Annual report on the Civil Veterinary Department, Burma (including the Insein Veterinary School) - 1923-1931
Year: 1923
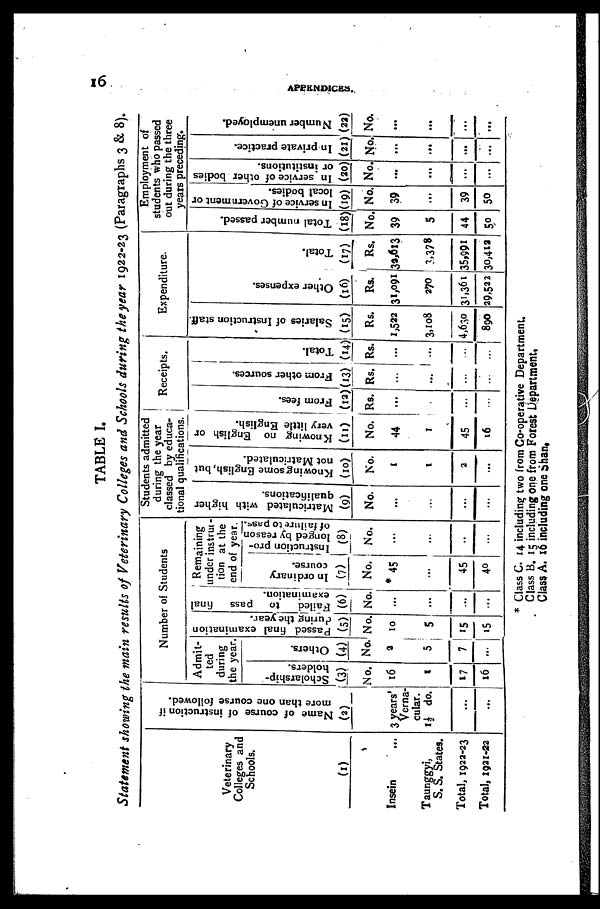
16
APPENDICES.
TABLE I.
Statement showing the main results of Veterinary Colleges and Schools during the year 1922-23 (Paragraphs 3 & 8).
Veterinary
Colleges and
Schools.
(1)
Insein
...
Taunggyi,
S. S. States.
Total, 1922-23
Total, 1921-22
Name of course of instruction if
more than one course followed.
(2)
3 years'
Verna-
cular.
1½ do.
...
...
Number of Students
Admit-
ted
during
the year.
Scholarship-
holders.
(3)
No.
16
1
17
16
Others.
(4)
No.
2
5
7
...
Passed final examination
during the year.
(5)
No.
10
5
15
15
Failed
to
pass
final
examination.
(6)
No.
...
...
...
...
Remaining
under instruc-
tion at the
end of year.
In ordinary
course.
(7)
No.
* 45
...
45
40
Instruction pro-
longed by reason
of failure to pass.
(8)
No.
...
...
...
...
Students admitted
during the year
classed by educa-
tional qualifications.
Matriculated with higher
qualifications.
(9)
No.
...
...
...
...
Knowing some English, but
not Matriculated.
(10)
No.
1
1
2
...
Knowing no English or
very little English.
(11)
No.
44
1
45
16
Receipts.
From fees.
(13)
Rs.
...
...
...
...
From other sources.
(13)
Rs.
...
...
...
...
Total.
(14)
Rs.
...
...
...
...
Expenditure.
Salaries of Instruction staff.
(15)
Rs.
1,522
3,108
4,630
890
Other expenses.
(16)
Rs.
31,091
270
31,361
29,522
Total.
(17)
Rs.
32,613
3,378
35,991
30,412
Employment of
students who passed
out during the three
years preceding.
Total number passed.
(18)
No.
39
5
44
50
In service of Government or
local bodies.
(19)
No.
39
...
39
50
In service of other bodies
or institutions.
(20)
No.
...
...
...
...
In private practice.
(21)
No.
...
...
...
...
Number unemployed.
(22)
No.
...
...
...
...
* Class C. 14 including two from Co-operative Department.
Class B. 15 including one from Forest Department,
Class A. 16 including one Shan,